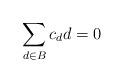
LaTeX: \begin{align*}\sum_{d\in B}c_d d=0\end{align*}